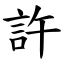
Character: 許